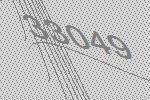
33049